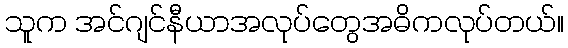
သူက အင်ဂျင်နီယာအလုပ်တွေအဓိကလုပ်တယ်။